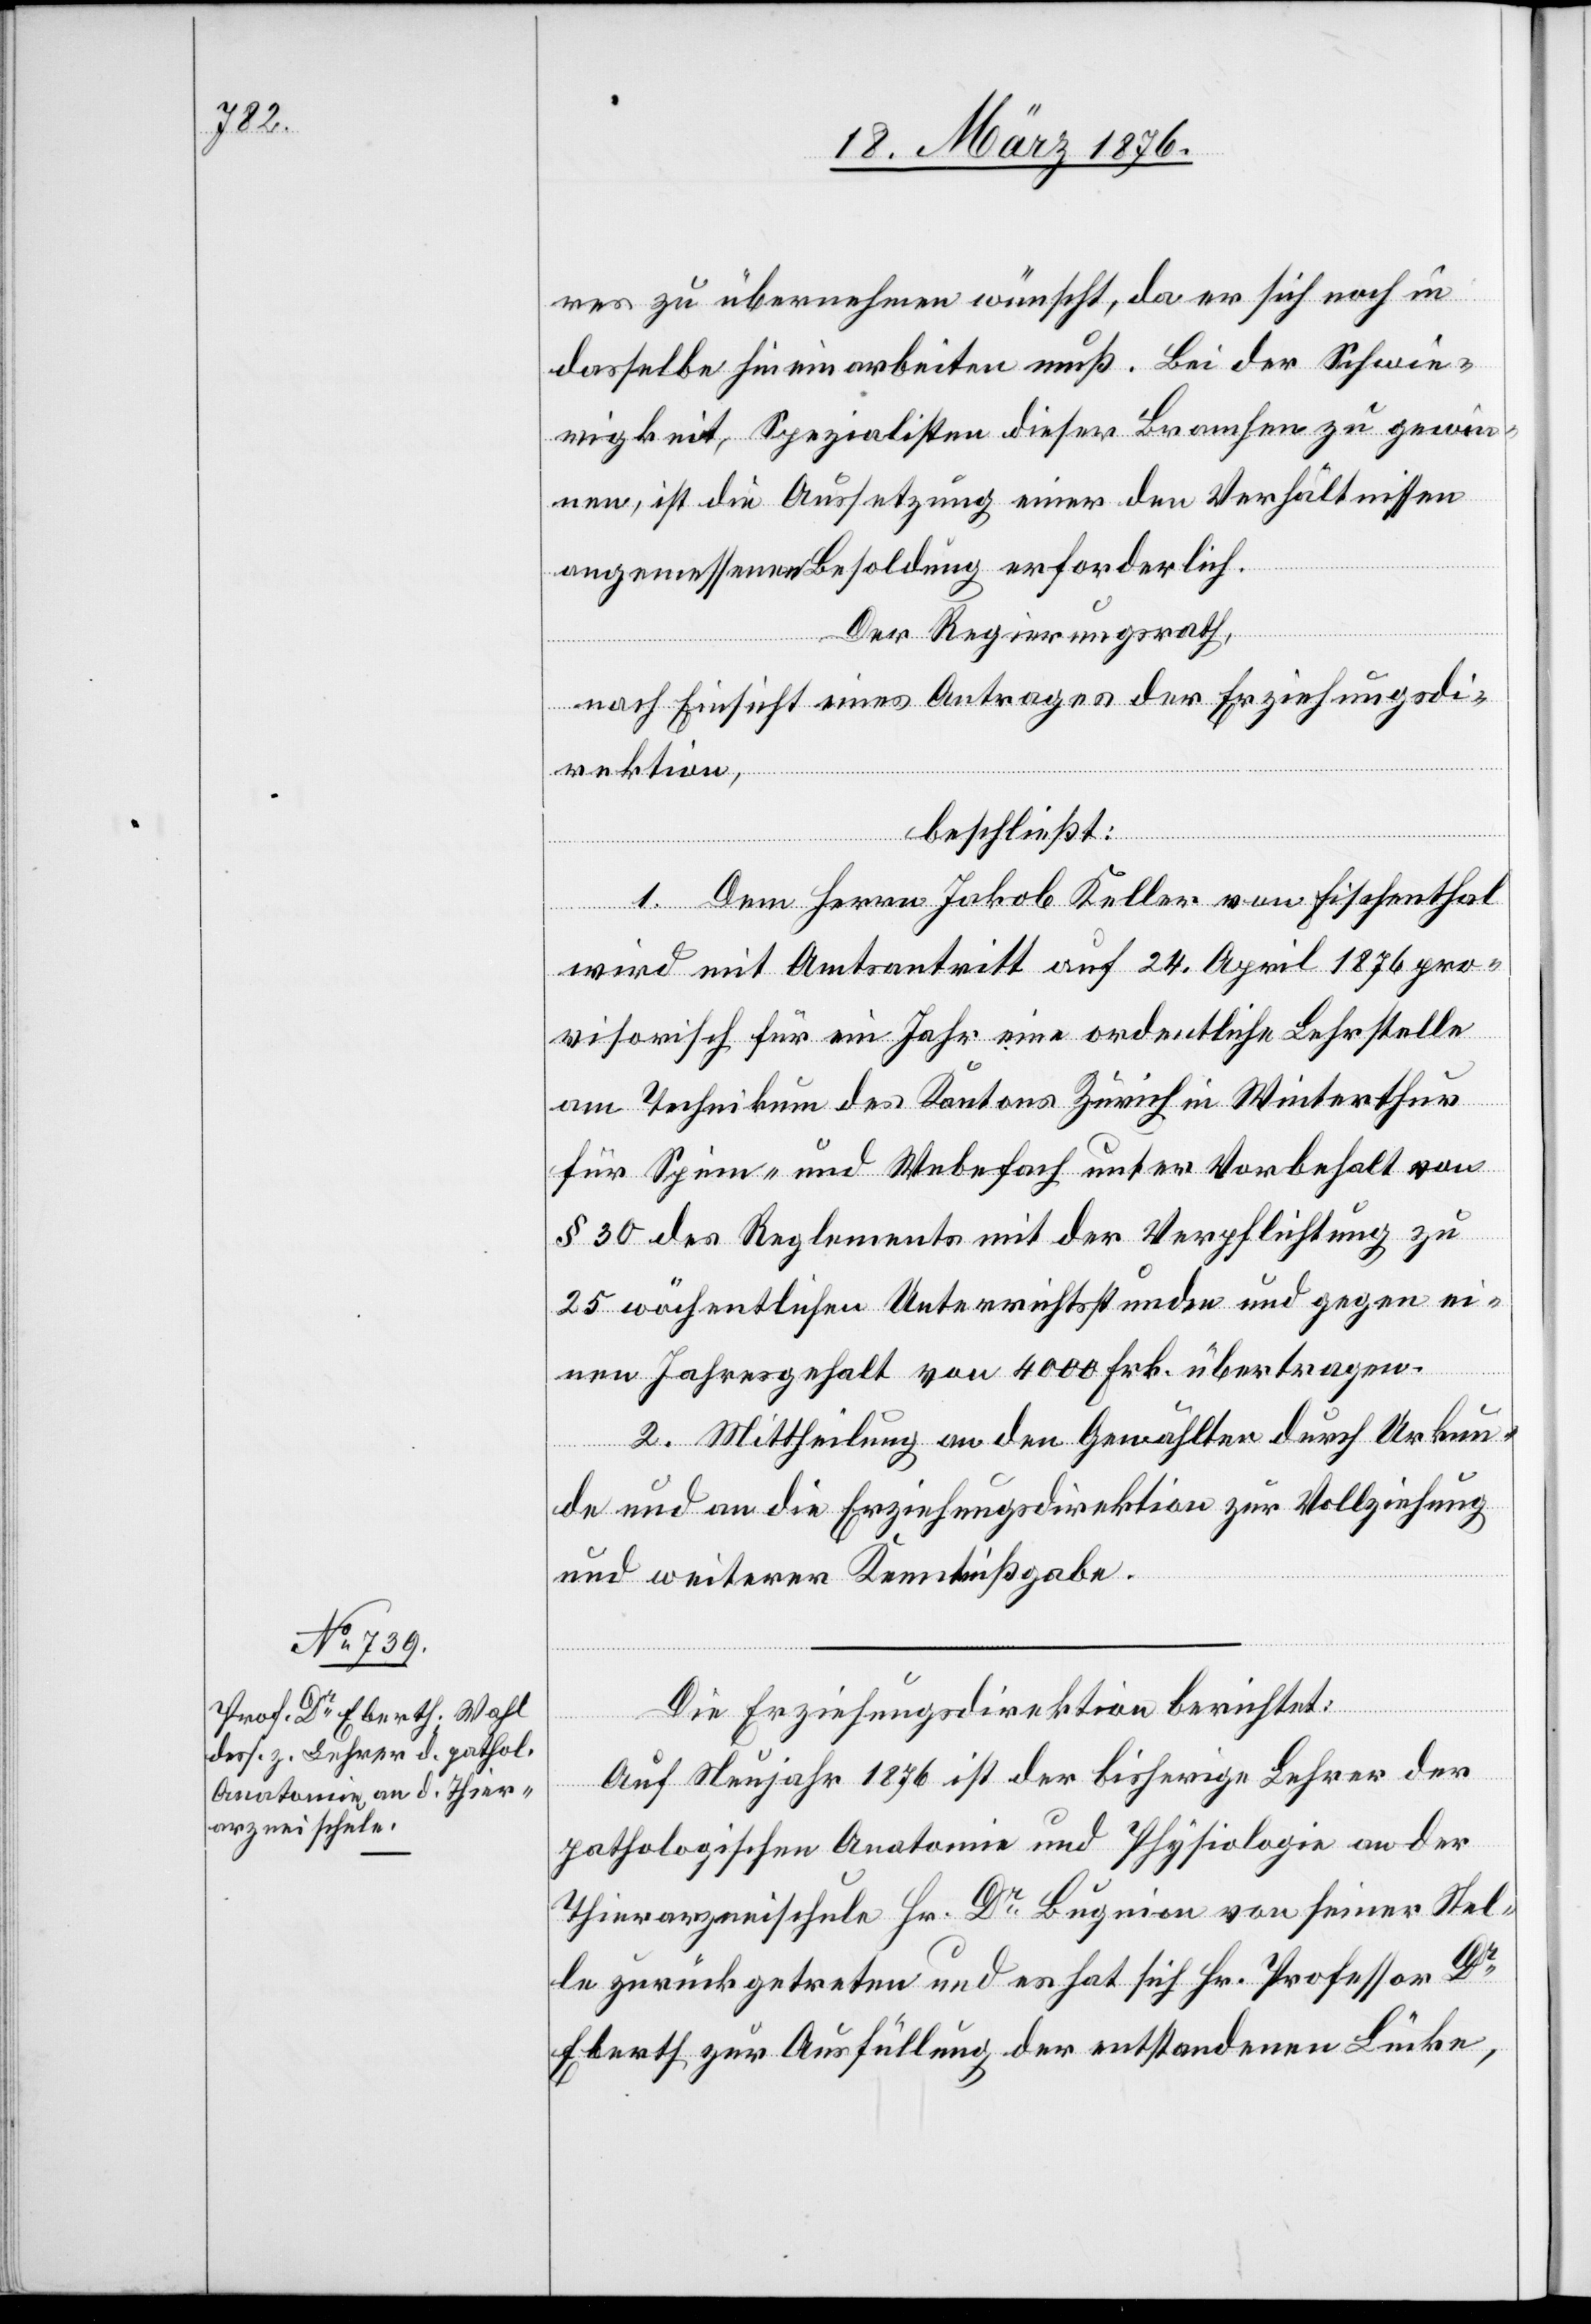
res zu übernehmen wünscht, da er sich noch in
dasselbe hineinarbeiten muß. Bei der Schwie¬
rigkeit, Spezialisten dieser Branchen zu gewin¬
nen, ist die Aussetzung einer den Verhältnissen
angemessenen Besoldung erforderlich.
Der Regierungsrath,
nach Einsicht eines Antrages der Erziehungsdi¬
rektion,
beschließt:
1. Dem Herrn Jakob Keller von Fischenthal
wird mit Amtsantritt auf 24. April 1876 pro¬
visorisch für ein Jahr eine ordentliche Lehrstelle
am Technikum des Kantons Zürich in Winterthur
für Spinn- und Webefach unter Vorbehalt von
§ 30 des Reglements mit der Verpflichtung zu
25 wöchentlichen Unterrichtsstunden und gegen ei¬
nen Jahresgehalt von 4000 Frk. übertragen.
2. Mittheilung an den Gewählten durch Urkun¬
de und an die Erziehungsdirektion zur Vollziehung
und weiteren Kenntnißgabe.
Die Erziehungsdirektion berichtet:
Auf Neujahr 1876 ist der bisherige Lehrer der
pathologischen Anatomie und Physiologie an der
Thierarzneischule Hr. Dr Bugnion von seiner Stel¬
le zurückgetreten und es hat sich Hr. Professor Dr
Eberth zur Ausfüllung der entstandenen Lücke,